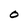
Character: O